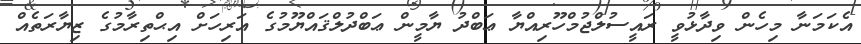
އެކަމަނާ މިހެން ވިދާޅުވީ ރައީސުލްޖުމްހޫރިއްޔާ ޢަބްދު ޔާމީން ޢަބްދުލްޤައްޔޫމުގެ އަރިހަށް އިޙްތިރާމުގެ ޒިޔާރަތެއް